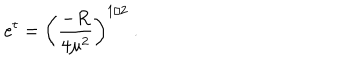
e ^ { t } = \left( \frac { - R } { 4 \mu ^ { 2 } } \right) ^ { 1 / 2 } ~ .